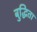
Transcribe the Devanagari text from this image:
बुद्धिता